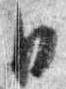
日